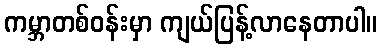
ကမ္ဘာတစ်ဝန်းမှာ ကျယ်ပြန့်လာနေတာပါ။